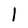
Character: l